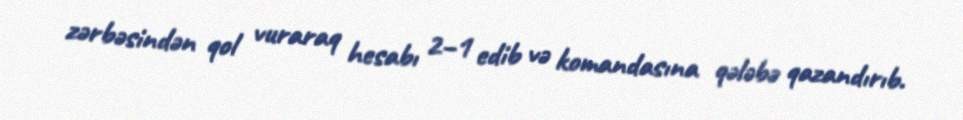
zərbəsindən qol vuraraq hesabı 2–1 edib və komandasına qələbə qazandırıb.